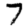
Digit: 7